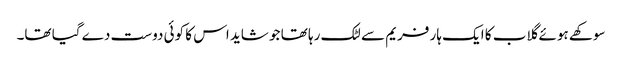
سوکھے ہوئے گلاب کا ایک ہار فریم سے لٹک رہا تھا جو شاید اس کا کوئی دوست دے گیا تھا۔